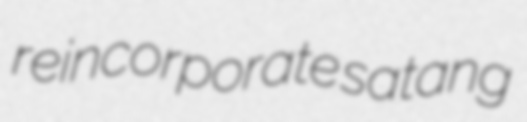
reincorporate satang